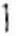
1